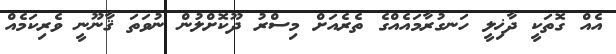
އެއް ގޮތަކީ ދާޚިލީ ހަނގުރާމައެއްގެ ތެރެއަށް މިސްރު ދޫކޮށްލުން ނުވަތަ ޤާނޫނީ ވެރިކަމެއް